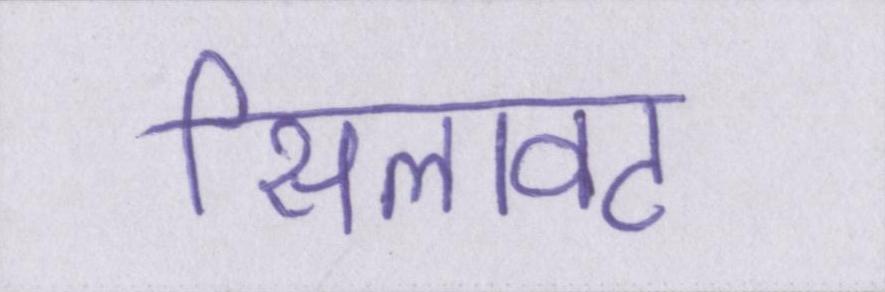
सिलावट